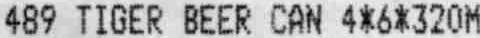
489 TIGER BEER CAN 4*6*320M